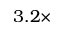
3 . 2 \times